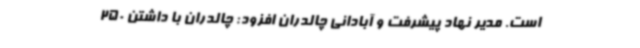
است. مدیر نهاد پیشرفت و آبادانی چالدران افزود: چالدران با داشتن 250